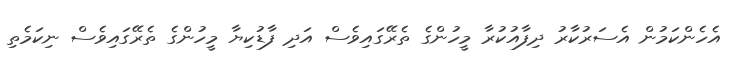
އެހެންކަމުން އެސަރުކާރު ދިފާއުކުރާ މީހުންގެ ތެރޭގައިވެސް އަދި ފާޑުކިޔާ މީހުންގެ ތެރޭގައިވެސް ނިކަމެތި